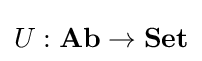
U:{\textbf {Ab}}\to {\textbf {Set}}